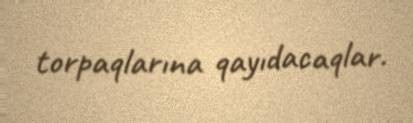
torpaqlarına qayıdacaqlar.